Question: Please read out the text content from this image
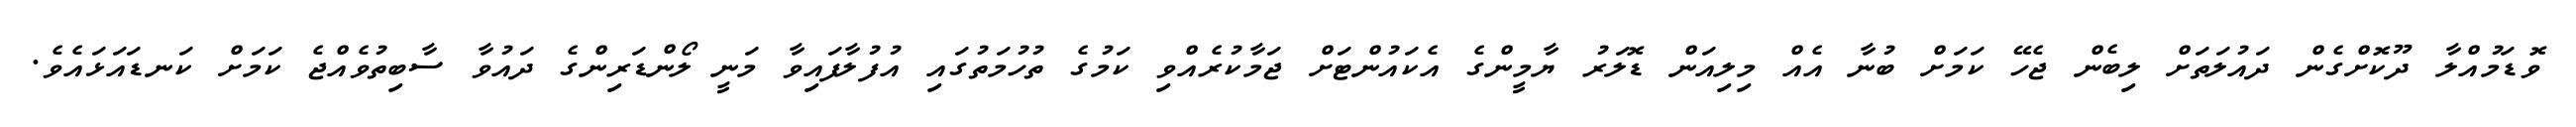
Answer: ވޮޑަމުއްލާ ދޫކޮށްގެން ދައުލަތަށް ލިބެން ޖެހޭ ކަމަށް ބުނާ އެއް މިލިއަން ޑޮލަރު ޔާމީންގެ އެކައުންޓަށް ޖަމާކުރެއްވި ކަމުގެ ތުހުމަތުގައި އުފުލާފައިވާ މަނީ ލޯންޑަރިންގެ ދައުވާ ސާބިތުވެއްޖެ ކަމަށް ކަނޑައަޅައެވެ.